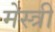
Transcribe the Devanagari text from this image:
मेस्‍त्री